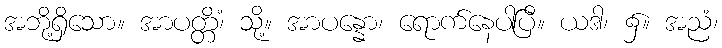
အဘို့ရှိသော။ အာပတ္တိံ၊ သို့။ အာပန္နော၊ ရောက်နေပါပြီ။ ယဒါ၊ ၌။ အညံ၊